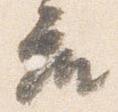
座